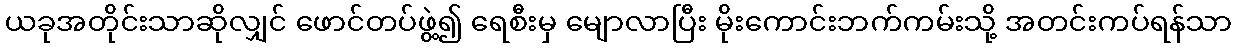
ယခုအတိုင်းသာဆိုလျှင် ဖောင်တပ်ဖွဲ့၍ ရေစီးမှ မျောလာပြီး မိုးကောင်းဘက်ကမ်းသို့ အတင်းကပ်ရန်သာ